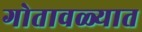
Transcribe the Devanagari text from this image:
गोतावळ्यात